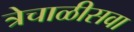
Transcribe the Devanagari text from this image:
त्रेचाळीसवा